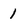
Character: 1